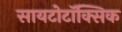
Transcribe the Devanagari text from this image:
सायटोटॉक्सिक